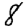
Digit: 8